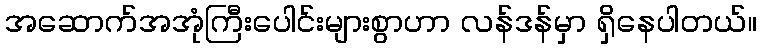
အဆောက်အအုံကြီးပေါင်းများစွာဟာ လန်ဒန်မှာ ရှိနေပါတယ်။